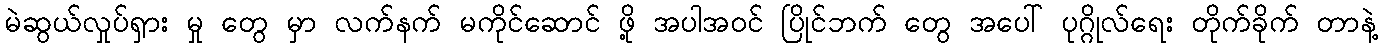
မဲဆွယ်လှုပ်ရှား မှု တွေ မှာ လက်နက် မကိုင်ဆောင် ဖို့ အပါအဝင် ပြိုင်ဘက် တွေ အပေါ် ပုဂ္ဂိုလ်ရေး တိုက်ခိုက် တာနဲ့